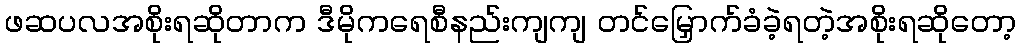
ဖဆပလအစိုးရဆိုတာက ဒီမိုကရေစီနည်းကျကျ တင်မြှောက်ခံခဲ့ရတဲ့အစိုးရဆိုတော့